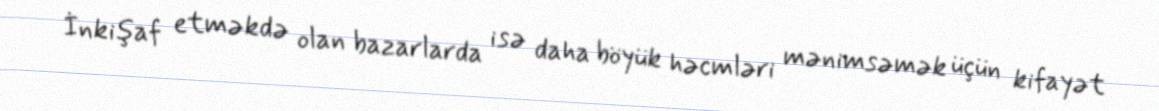
İnkişaf etməkdə olan bazarlarda isə daha böyük həcmləri mənimsəmək üçün kifayət